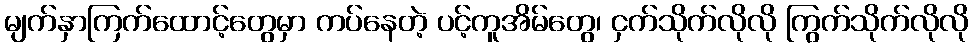
မျက်နှာကြက်ထောင့်တွေမှာ ကပ်နေတဲ့ ပင့်ကူအိမ်တွေ၊ ငှက်သိုက်လိုလို ကြွက်သိုက်လိုလို